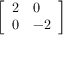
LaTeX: \left[ \begin{array} { l l } { 2 } & { 0 } \\ { 0 } & { - 2 } \end{array} \right]